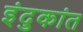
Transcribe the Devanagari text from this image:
इंदुकांत